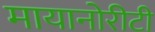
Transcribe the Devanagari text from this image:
मायानोरीटी